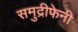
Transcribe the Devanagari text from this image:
समुद्रीफेनी